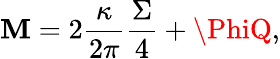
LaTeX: \mathbf{M}=2\frac{{\kappa}}{{2\pi}}\frac{{\Sigma}}{{4}}+\PhiQ,